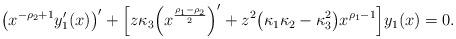
LaTeX: \begin{align*}\bigl(x^{-\rho_2+1}y_1'(x)\bigr)'+ \Bigl[z\kappa_3\Bigl(x^{\frac{\rho_1-\rho_2}{2}}\Bigr)'+ z^2\bigl(\kappa_1\kappa_2-\kappa_3^2\bigr)x^{\rho_1-1}\Bigr]y_1(x) = 0.\end{align*}